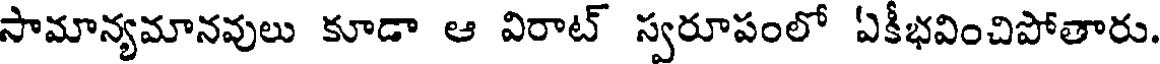
సామాన్యమానవులు కూడా ఆ విరాట్ స్వరూపంలో ఏకీభవించిపోతారు.